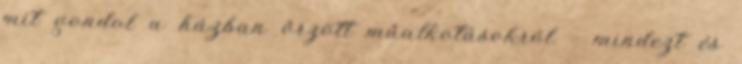
mit gondol a házban őrzött műalkotásokról – mindezt és